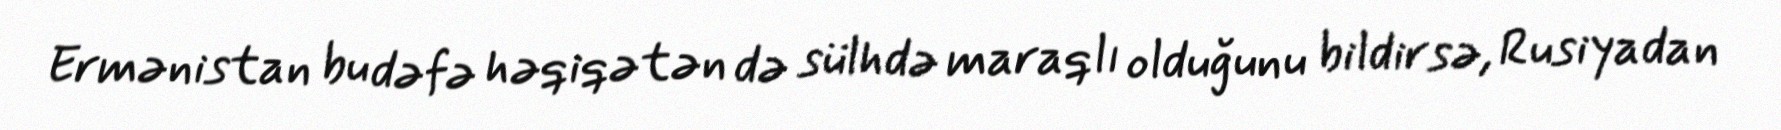
Ermənistan bu dəfə həqiqətən də sülhdə maraqlı olduğunu bildirsə, Rusiyadan